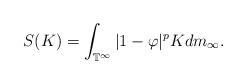
LaTeX: \begin{align*}S(K)=\int_{\mathbb{T}^\infty}|1-\varphi|^pK dm_{\infty}.\end{align*}